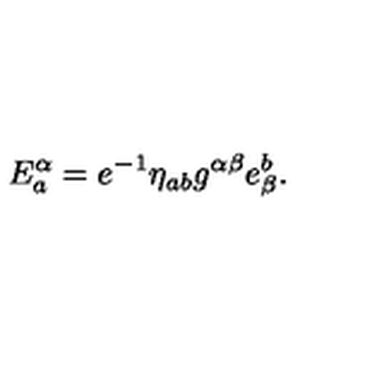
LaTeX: E _ { a } ^ { \alpha } = e ^ { - 1 } \eta _ { a b } g ^ { \alpha \beta } e _ { \beta } ^ { b } .